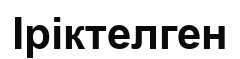
Іріктелген